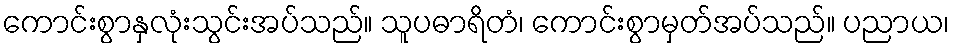
ကောင်းစွာနှလုံးသွင်းအပ်သည်။ သူပဓာရိတံ၊ ကောင်းစွာမှတ်အပ်သည်။ ပညာယ၊